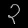
Digit: ၃